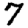
Digit: 7